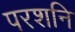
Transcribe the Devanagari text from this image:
परशनि